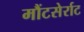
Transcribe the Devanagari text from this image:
मौंटसेर्राट